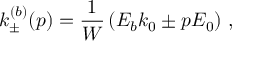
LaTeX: k _ { \pm } ^ { ( b ) } ( p ) = \frac { 1 } { W } \left( E _ { b } k _ { 0 } \pm p E _ { 0 } \right) \, ,